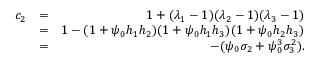
\begin{array} { r l r } { c _ { 2 } } & { = } & { 1 + ( \lambda _ { 1 } - 1 ) ( \lambda _ { 2 } - 1 ) ( \lambda _ { 3 } - 1 ) } \\ & { = } & { 1 - ( 1 + \psi _ { 0 } h _ { 1 } h _ { 2 } ) ( 1 + \psi _ { 0 } h _ { 1 } h _ { 3 } ) ( 1 + \psi _ { 0 } h _ { 2 } h _ { 3 } ) } \\ & { = } & { - ( \psi _ { 0 } \sigma _ { 2 } + \psi _ { 0 } ^ { 3 } \sigma _ { 3 } ^ { 2 } ) . } \end{array}